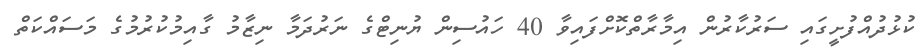
ކުޅުދުއްފުށީގައި ސަރުކާރުން އިމާރާތްކޮށްފައިވާ 40 ހައުސިން ޔުނިޓްގެ ނަރުދަމާ ނިޒާމު ގާއިމުކުރުމުގެ މަސައްކަތް